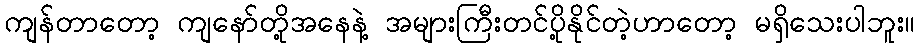
ကျန်တာတော့ ကျနော်တို့အနေနဲ့ အများကြီးတင်ပို့နိုင်တဲ့ဟာတော့ မရှိသေးပါဘူး။